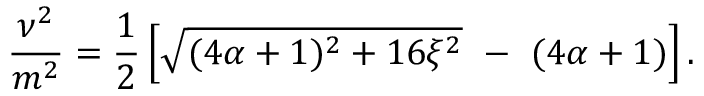
\frac { \nu ^ { 2 } } { m ^ { 2 } } = \frac { 1 } { 2 } \left[ \sqrt { ( 4 \alpha + 1 ) ^ { 2 } + 1 6 \xi ^ { 2 } } \ - \ ( 4 \alpha + 1 ) \right] .